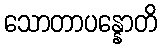
သောတာပန္နောတိ